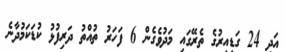
އަދި 24 ގަޑިއިރުގެ ތެރޭގައި މަދުވެގެން 6 ފަހަރު ތުއްތު ދަރިފުޅު ކުޑަކަމުދާނެ